Bulletin of the Pasteur Institute of Southern India, Coonoor - No. 3.
Year: 1910
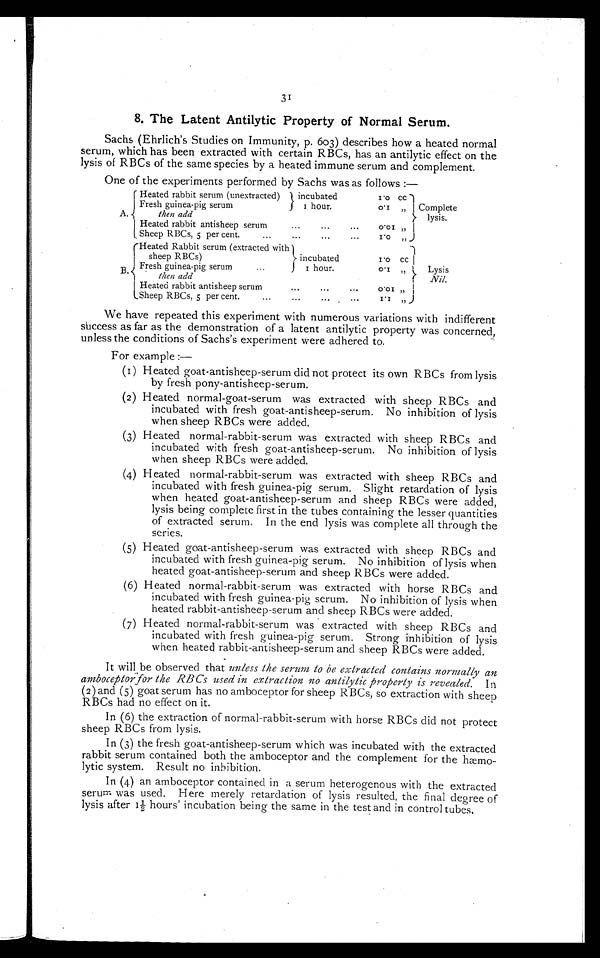
3 1
8. The Latent Antilytic Property of Normal Serum.
Sachs (Ehrlich's Studies on Immunity, p. 603) describes how a heated normal
serum, which has been extracted with certain RBCs, has an antilytic effect on the
lysis of RBCs of the same species by a heated immune serum and complement.
One of the experiments performed by Sachs was as follows :—
Heated rabbit serum (unextracted) incubated
1.o cc
Fresh guinea-pig serum
1 hour.
0.1
„
Complete
A.
then add
lysis.
...
Heated rabbit antisheep serum
...
...
0.01 „
• • •
Sheep RBCs, 5 per cent.
...
...
...
1.0 „
Heated Rabbit serum (extracted with
.
sheep RBCs)
incubated
1.0 cc
...
Fresh guinea-pig serum
1 hour.
0. 1 „
Lysis
B
then add
Nil.
Heated rabbit antisheep serum
•••
•••
...
0.01 „
Sheep RBCs, 5 per cent.
...
I.'
„
We have repeated this experiment with numerous variations with indifferent
success as far as the demonstration of a latent antilytic property was concerned,
unless the conditions of Sachs's experiment were adhered to.
For example :—
(I ) Heated goat-antisheep-serum did not protect its own RBCs from lysis
by fresh pony-antisheep-serum.
(2) Heated normal- g oat-serum was extracted with sheep RBCs and
incubated with fresh goat-antisheep-serum. No inhibition of lysis
when sheep RBCs were added.
(3) Heated normal-rabbit-serum was extracted with sheep RBCs and
incubated with fresh goat-antisheep-serum. No inhibition of lysis
when sheep RBCs were added.
(4) Heated normal-rabbit-serum was extracted with sheep RBCs and
incubated with fresh guinea-pig serum. Slight retardation of lysis
when heated goat-antisheep-serum and sheep RBCs were added,
lysis being complete first in the tubes containing the lesser quantities
o f e x t r a c t e d s e r u m . I n t h e e n d l y s i s w a s c o m p l e t e a l l t h r o u g h t h e
series.
(5) Heated goat-antisheep-serum was extracted with sheep RBCs and
incubated with fresh guinea-pig serum. No inhibition of lysis when
heated goat-antisheep-serum and sheep RBCs were added.
(6) Heated normal-rabbit-serum was extracted with horse RBCs and
incubated with fresh guinea-pig serum. No inhibition of lysis when
heated rabbit-antisheep-serum and sheep RBCs were added.
(7) Heated normal-rabbit-serum was extracted with sheep RBCs and
incubated with. fresh guinea-pig serum. Strong inhibition of lysis
when heated rabbit-antisheep-serum and sheep RBCs were added.
It will be observed that unless the serum to be extracted contains normally an
amboceptor for the RBCs used in extraction no antilytic property is revealed. In
( 2) and (5) goat serum has no amboceptor for sheep RBCs, so extraction with sheep
RBCs had no effect on it.
In (6) the extraction of normal-rabbit-serum with horse RBCs did not protect
sheep RBCs from lysis.
In (3) the fresh goat-antisheep-serum which. was incubated with the extracted
rabbit serum contained both the amboceptor and the complement for the
h æ m
o l y t i c s y s t e m . R e s u l t n o i n h i b i t i o n .
In (4) an amboceptor contained in a serum heterogenous with the extracted
serum was used. Here merely retardation of lysis resulted, the final degree of
lysis after 1½ hours' incubation being the same in the test and in control tubes.